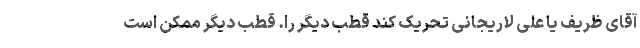
آقای ظریف یا علی لاریجانی تحریک کند قطب دیگر را. قطب دیگر ممکن است